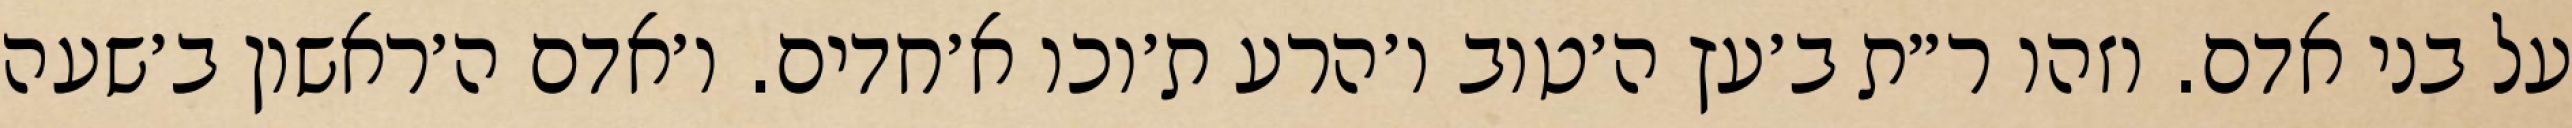
על בני אדם. וזהו ר״ת ב׳עץ ה׳טוב ו׳הרע ת׳וכו א׳חדים. ו׳אדם ה׳ראשון ב׳שעה